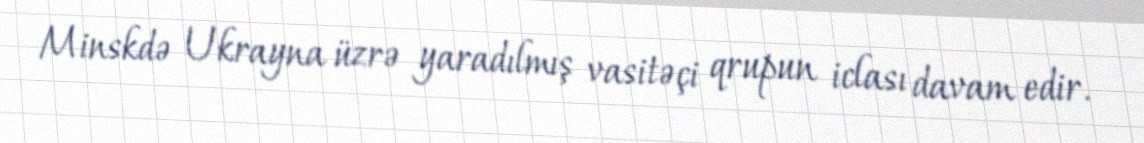
Minskdə Ukrayna üzrə yaradılmış vasitəçi qrupun iclası davam edir.